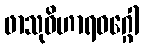
ဖာသုဝိဟာရဝဂ္ဂေါ